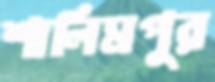
শালিমপুর